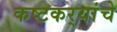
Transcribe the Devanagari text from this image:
कष्टकर्‍यांचे